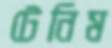
টেনিম